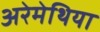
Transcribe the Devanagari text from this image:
अरेमेथिया